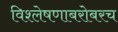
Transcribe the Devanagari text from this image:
विश्लेषणाबरोबरच